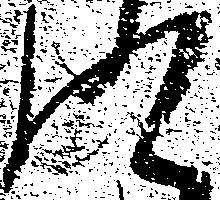
に